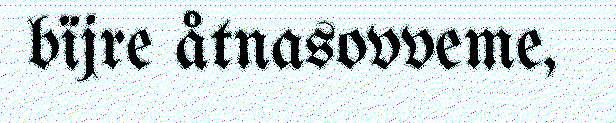
bïjre åtnasovveme,